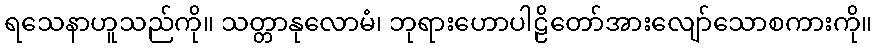
ရသေနာဟူသည်ကို။ သတ္တာနုလောမံ၊ ဘုရားဟောပါဠိတော်အားလျော်သောစကားကို။